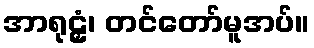
အာရုဠှံ၊ တင်တော်မူအပ်။